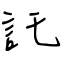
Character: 託